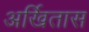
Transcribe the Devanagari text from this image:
अर्खितास